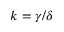
k = \gamma / \delta